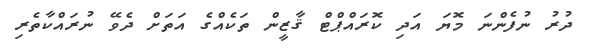
ދުރު ނުފެންނަ މޮޔަ އަދި ކޮރައްޕްޓް ޤާޒީން ތަކެއްގެ އަތަށް ދެވޭ ނުރައްކާތެރި